Vaccination in the Punjab 1905-1918 - 1905-1918
Year: 1905
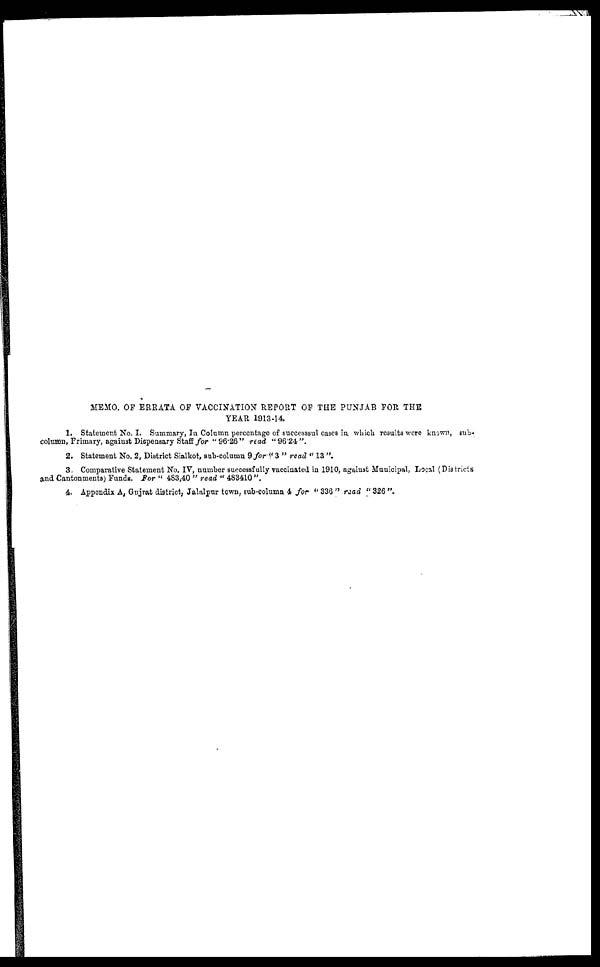
MEMO. OF ERRATA OF VACCINATION REPORT OF THE PUNJAB FOR THE
YEAR 1913-14.
1. Statement No. I. Summary, In Column percentage of successsul cases in which results were known, sub-
column, Primary, against Dispensary Staff for " 96.26 " read "96.24".
2. Statement No. 2, District Sialkot, sub-column 9 for " 3 " read " 13 ".
3. Comparative Statement No. IV, number successfully vaccinated in 1910, against Municipal, Local (Districts
and Cantonments) Funds. For " 483,40 " read " 483410 ".
4. Appendix A, Gujrat district, Jalalpur town, sub-column 4 for "336" read "326".